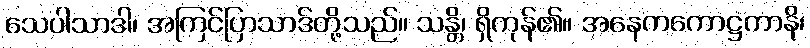
သေပါသာဒါ၊ အကြင်ပြာသာဒ်တို့သည်။ သန္တိ၊ ရှိကုန်၏။ အနေကကောဋ္ဌကာနိ၊